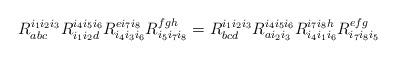
LaTeX: \begin{align*}R_{abc}^{i_{1}i_{2}i_{3}} R_{i_{1}i_{2}d}^{i_{4}i_{5}i_{6}}R_{i_{4}i_{3}i_{6}}^{ei_{7}i_{8}} R_{i_{5}i_{7}i_{8}}^{fgh}= R_{bcd}^{i_{1}i_{2}i_{3}} R_{ai_{2}i_{3}}^{i_{4}i_{5}i_{6}}R_{i_{4}i_{1}i_{6}}^{i_{7}i_{8}h} R_{i_{7}i_{8}i_{5}}^{efg}\end{align*}